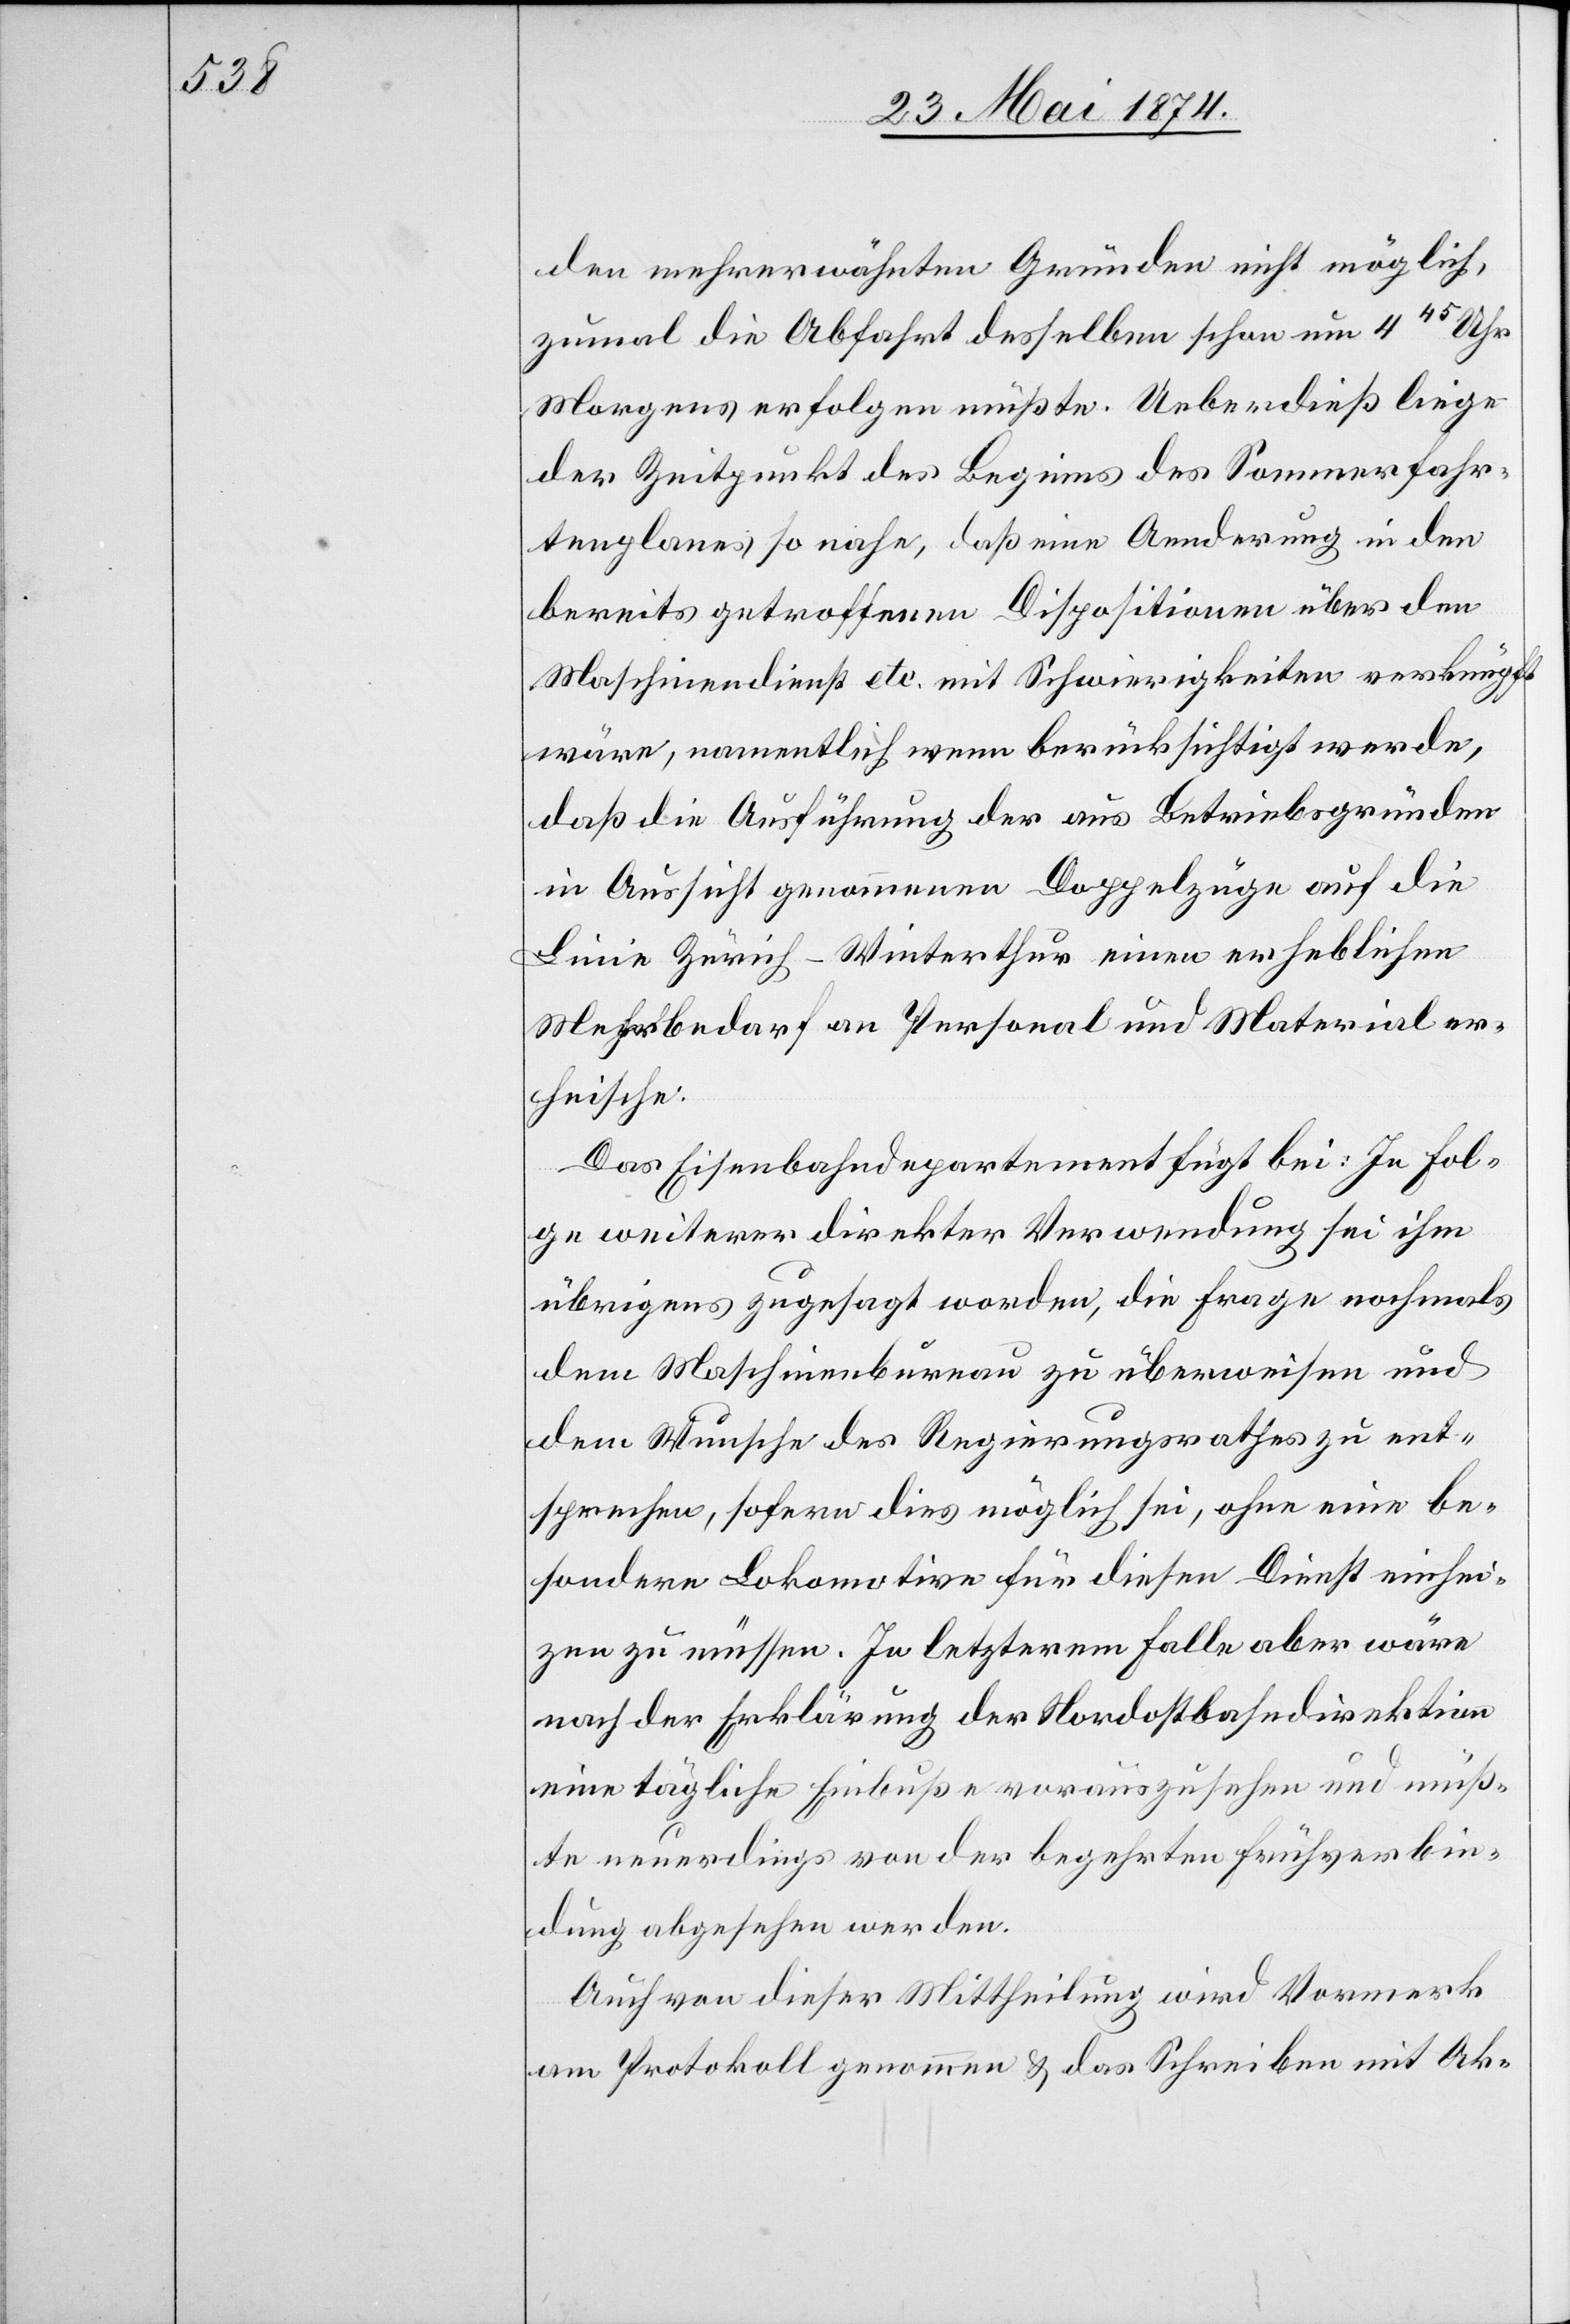
den mehrerwähnten Gründen nicht möglich,
zumal die Abfahrt desselben schon um 4 45 Uhr
Morgens erfolgen müßte. Ueberdieß liege
der Zeitpunkt des Beginns des Sommerfahr¬
tenplanes so nahe, daß eine Aenderung in den
bereits getroffenen Dispositionen über den
Maschinendienst etc. mit Schwierigkeiten verknüpft
wäre, namentlich wenn berücksichtigt werde,
daß die Ausführung der aus Betriebsgründen
in Aussicht genommenen Doppelzüge auf die
Linie Zürich-Winterthur einen erheblichen
Mehrbedarf an Personal und Material er¬
heische.
Das Eisenbahndepartement fügt bei: In Fol¬
ge weiterer direkter Verwendung sei ihm
übrigens zugesagt worden, die Frage nochmals
dem Maschinenbureau zu überweisen und
dem Wunsche des Regierungsrathes zu ent¬
sprechen, sofern dies möglich sei, ohne eine be¬
sondere Lokomotive für diesen Dienst einhei¬
zen zu müssen. In letzterem Falle aber wäre
nach der Erklärung der Nordostbahndirektion
eine tägliche Einbuße vorauszusehen und müß¬
te neuerdings von der begehrten Frühverbin¬
dung abgesehen werden.
Auch von dieser Mittheilung wird Vormerk
am Protokoll genommen u. das Schreiben mit Ak-